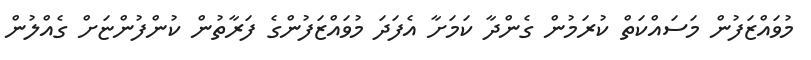
މުވައްޒަފުން މަސައްކަތް ކުރަމުން ގެންދާ ކަމަށާ އެފަދަ މުވައްޒަފުންގެ ފަރާތުން ކުންފުންޏަށް ގެއްލުން